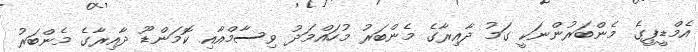
އެމްޑީޕީގެ މެންބަރުންނަކީ ގަމު ދާއިރާގެ މެންބަރު މުހައްމަދު ވިސާމްއާއި ކޮމަންޑޫ ދާއިރާގެ މެންބަރު